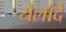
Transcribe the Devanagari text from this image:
येलांदे